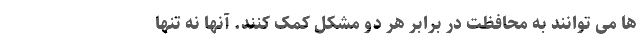
ها می توانند به محافظت در برابر هر دو مشکل کمک کنند. آنها نه تنها